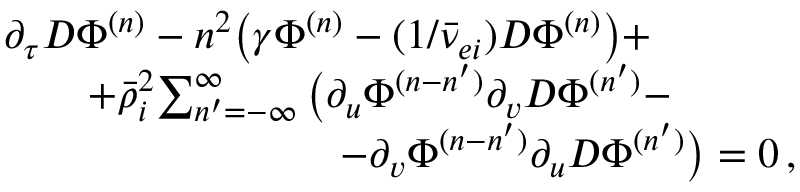
\begin{array} { r l } & { \partial _ { \tau } D \Phi ^ { ( n ) } - n ^ { 2 } \big ( \gamma \Phi ^ { ( n ) } - ( 1 / \bar { \nu } _ { e i } ) D \Phi ^ { ( n ) } \big ) + } \\ & { \qquad + \bar { \rho } _ { i } ^ { 2 } \! \sum _ { n ^ { \prime } = - \infty } ^ { \infty } \big ( \partial _ { u } \Phi ^ { ( n - n ^ { \prime } ) } \partial _ { v } D \Phi ^ { ( n ^ { \prime } ) } - } \\ & { \qquad \qquad \qquad \qquad - \partial _ { v } \Phi ^ { ( n - n ^ { \prime } ) } \partial _ { u } D \Phi ^ { ( n ^ { \prime } ) } \big ) = 0 \, , } \end{array}